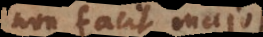
non facit majorem;